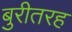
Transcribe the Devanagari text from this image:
बुरीतरह